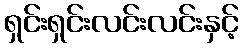
ရှင်းရှင်းလင်းလင်းနှင့်